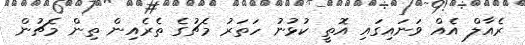
ރެއާލް އެއް ވަނައިގައި އޮތީ ކުޅުނު ހަތަރު މެޗުގެ ތެރެއިން ތިން މެޗުން